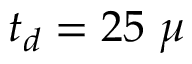
t _ { d } = 2 5 ~ \mu